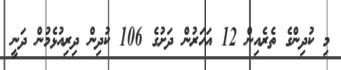
މި ކުދިންގެ ތެރެއިން 12 އަހަރުން ދަށުގެ 106 ކުދިން ދިރިއުޅެމުން ދަނީ